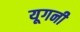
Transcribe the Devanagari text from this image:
यूगनी